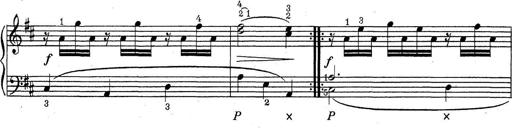
Title: ÄŒeskÃ© Sonatiny
Composer: Various